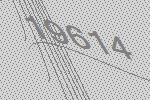
19614